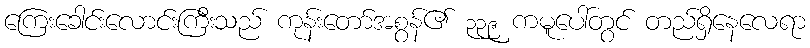
ကြေးခေါင်းလောင်းကြီးသည် ကုန်းတော်အစွန်၏ ၃၃၉ ကမူပေါ်တွင် တည်ရှိနေလေရာ